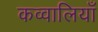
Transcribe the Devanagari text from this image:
कव्वालियाँ